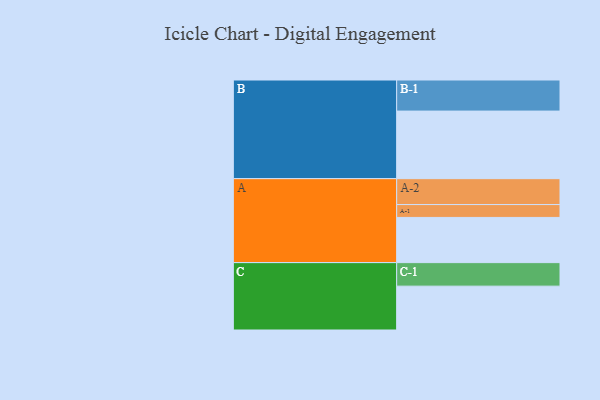
{"axis": {"x": "Segment", "y": "Value"}, "legend": ["", "A", "B", "C"], "data": [{"x": "A", "y": 400, "type": ""}, {"x": "B", "y": 598, "type": ""}, {"x": "C", "y": 388, "type": ""}, {"x": "A-1", "y": 114, "type": "A"}, {"x": "A-2", "y": 229, "type": "A"}, {"x": "B-1", "y": 275, "type": "B"}, {"x": "C-1", "y": 208, "type": "C"}]}